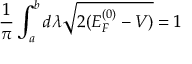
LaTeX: \frac { 1 } { \pi } \int _ { a } ^ { b } d \lambda \sqrt { 2 ( E _ { F } ^ { ( 0 ) } - V ) } = 1